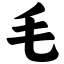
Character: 毛